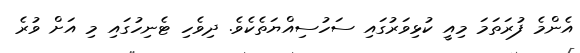
އެންމެ ފުރަތަމަ މިއީ ކުޅިވަރުގައި ސަހުސިއްޔަތެކެވެ. ދިވެހި ޓެނިހުގައި މި އަށް ވުރެ